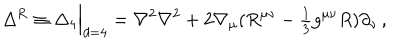
LaTeX: \Delta ^ { \mathrm { { R } } } \equiv \Delta _ { 4 } \Big | _ { d = 4 } = \nabla ^ { 2 } \nabla ^ { 2 } + 2 \nabla _ { \mu } ( R ^ { \mu \nu } - { \textstyle { \frac { 1 } { 3 } } } g ^ { \mu \nu } R ) \partial _ { \nu } \, ,